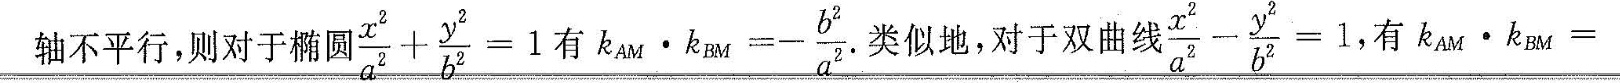
\underline{则对于椭圆 $$\frac { x ^ { 2 } } { a ^ { 2 } } + \frac { y ^ { 2 } } { b ^ { 2 } } = 1$$ 有 $$k _ { A M } \cdot k_{ B M } = - \frac { b ^ { 2 } } { a ^ { 2 } }$$ 类似地，对于双曲线 $$\frac { x ^ { 2 } } { a ^ { 2 } } - \frac { y ^ { 2 } } { b ^ { 2 } } = 1$$ ，有$$k _ { A M } \cdot k _ { B M } = $$}